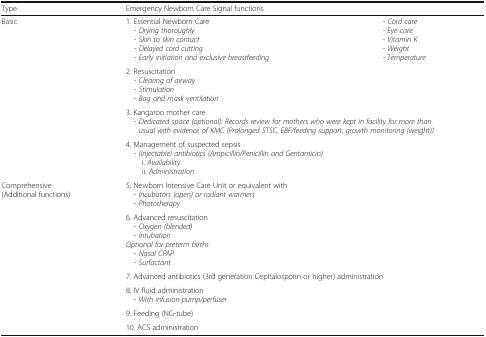
<table><thead><tr><td><b>Type</b></td><td colspan="2"><b>Emergency Newborn Care Signal functions</b></td></tr></thead><tbody><tr><td rowspan="4">Basic</td><td>1. Essential Newborn Care - <i>Drying thoroughly</i> - <i>Skin to skin contact</i> - <i>Delayed cord cutting</i> - <i>Early initiation and exclusive breastfeeding</i></td><td>- <i>Cord care</i>- <i>Eye care</i>- <i>Vitamin K</i>- <i>Weight</i>- <i>Temperature</i></td></tr><tr><td colspan="2">2. Resuscitation - <i>Clearing of airway</i> - <i>Stimulation</i> - <i>Bag and mask ventilation</i></td></tr><tr><td colspan="2">3. Kangaroo mother care - <i>Dedicated space (optional): Records review for mothers who were kept in facility for more than usual with evidence of KMC (Prolonged STSC, EBF/feeding support, growth monitoring (weight))</i></td></tr><tr><td colspan="2">4. Management of suspected sepsis - <i>(Injectable) antibiotics (Ampicillin/Penicillin and Gentamicin)</i>i. <i>Availability</i>ii. <i>Administration</i></td></tr><tr><td rowspan="6">Comprehensive(Additional functions)</td><td colspan="2">5. Newborn Intensive Care Unit or equivalent with - <i>Incubators (open) or radiant warmers</i> - <i>Phototherapy</i></td></tr><tr><td colspan="2">6. Advanced resuscitation - <i>Oxygen (blended)</i> - <i>Intubation</i><i>Optional for preterm births</i> - <i>Nasal CPAP</i> - <i>Surfactant</i></td></tr><tr><td colspan="2">7. Advanced antibiotics (3rd generation Cephalosporin or higher) administration</td></tr><tr><td colspan="2">8. IV fluid administration - <i>With infusion pump/perfuser</i></td></tr><tr><td colspan="2">9. Feeding (NG-tube)</td></tr><tr><td colspan="2">10. ACS administration</td></tr></tbody></table>